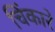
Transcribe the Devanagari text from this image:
चिंकारे